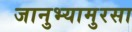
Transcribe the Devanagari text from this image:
जानुभ्यामुरसा